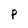
Character: p